Papers set at the Examination for Leaving Certificates, 1894
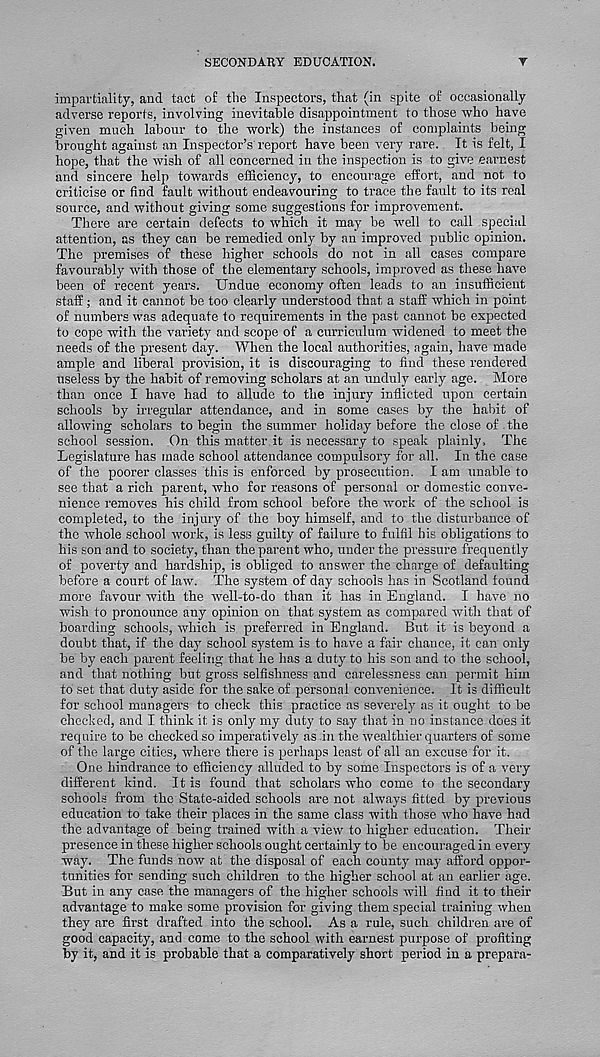
SECONDARY EDUCATION.
Y
impartiality, and tact of the Inspectors, that (in spite of occasionally
adverse reports, involving inevitable disappointment to those who have
given much labour to the work) the instances of complaints being
brought against an Inspector’s'report have been very rare. It is felt, I
hope, that the wish of all concerned in the inspection is to give earnest
and sincere help towards efficiency, to encourage effort, and not to
criticise or find fault without endeavouring to trace the fault to its real
source, and without giving some suggestions for improvement.
There are certain defects to which it may be well to call special
attention, as they can be remedied only by an improved public opinion.
The premises of these higher schools do not in all cases compare
favourably with those of the elementary schools, improved as these have
been of recent years. Undue economy often leads to an insufficient
staff; and it cannot be too clearly understood that a staff which in point
of numbers was adequate to requirements in the past cannot be expected
to cope with the variety and scope of a curriculum widened to meet the
needs of the present day. When the local authorities, again, have made
ample and liberal provision, it is discouraging to find these rendered
useless by the habit of removing scholars at an unduly early age. More
than once I have had to allude to the injury inflicted upon certain
schools by irregular attendance, and in some cases by the habit of
allowing scholars to begin the summer holiday before the close of the
school session. On this matter it is necessary to speak plainly. The
Legislature has made school attendance compulsory for all. In the case
of the poorer classes this is enforced by prosecution. I am unable to
see that a rich parent, who for reasons of personal or domestic conve-
nience removes his child from school before the work of the school is
completed, to the injury of the boy himself, and to the disturbance of
the whole school work, is less guilty of failure to fulfil his obligations to
his son and to society, than the parent who, under the pressure frequently
of poverty and hardship, is obliged to answer the charge of defaulting
before a court of law. The system of day schools has in Scotland found
more favour with the -well-to-do than it has in England. I have no
wish to pronounce any opinion on that system as compared with that of
boarding schools, which is preferred in England. But it is beyond a
doubt that, if the day school system is to have a fair chance, it can only
be by each parent feeling that he has a duty to his son and to the school,
and that nothing but gross selfishness and carelessness can permit him
to set that duty aside for the sake of personal convenience. It is difficult
for school managers to check this practice as severely as it ought to be
checked, and I think it is only my duty to say that in no instance does it
require to be checked so imperatively as in the wealthier quarters of some
of the large cities, where there is perhaps least of all an excuse for it.
One hindrance to efficiency alluded to by some Inspectors is of a very
different kind. It is found that scholars who come to the secondary
schools from the State-aided schools are not always fitted by previous
education to take their places in the same class with those who have had
the advantage of being trained with a view to higher education. Their
presence in these higher schools ought certainly to be encouraged in every
way. The funds now at the disposal of each county may afford oppor-
tunities for sending such children to the higher school at an earlier age.
But in any case the managers of the higher schools will find it to their
advantage to make some provision for giving them special training when
they are first drafted into the school. As a rule, such children are of
good capacity, and come to the school with earnest purpose of profiting
by it, and it is probable that a comparatively short period in a prepara-